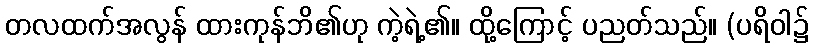
တလထက်အလွန် ထားကုန်ဘိ၏ဟု ကဲ့ရဲ့၏။ ထို့ကြောင့် ပညတ်သည်။ (ပရိဝါ၌